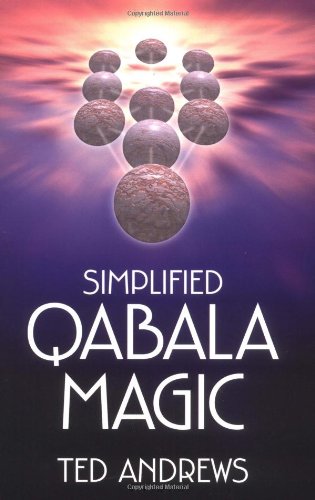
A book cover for Simplified Qabala Magic; Ted Andrews; Religion & Spirituality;